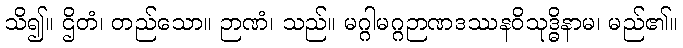
သိ၍။ ဌိတံ၊ တည်သော။ ဉာဏံ၊ သည်။ မဂ္ဂါမဂ္ဂဉာဏဒဿနဝိသုဒ္ဓိနာမ၊ မည်၏။